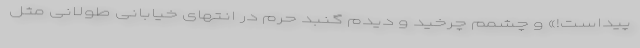
پیداست!» و چشمم چرخید و دیدم گنبد حرم در انتهای خیابانی طولانی مثل